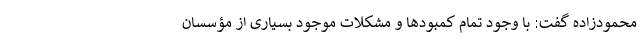
محمودزاده گفت: با وجود تمام کمبودها و مشکلات موجود بسیاری از مؤسسان